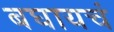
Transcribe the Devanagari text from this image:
बघायचं